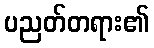
ပညတ်တရား၏